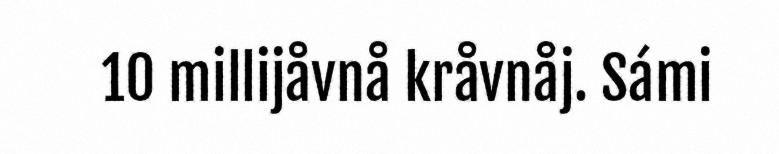
10 millijåvnå kråvnåj. Sámi